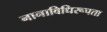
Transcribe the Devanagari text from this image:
नानाविधिरूपता